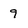
Character: 9